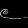
Digit: ၉